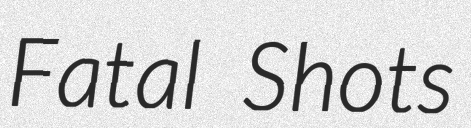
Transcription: Fatal Shots